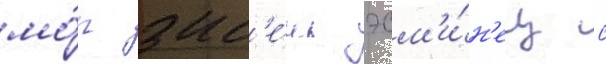
мо́г зас'е́чь эсм'и́н'ец с